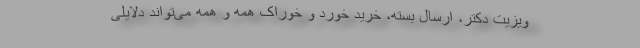
ویزیت دکتر، ارسال بسته، خرید خورد و خوراک همه و همه می‌تواند دلایلی